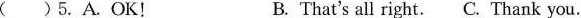
( )5.A.OK! B. That's all right.C. Thank you.